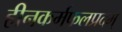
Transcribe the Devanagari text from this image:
हीनकर्मफलप्रदम्